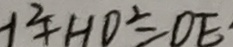
- 1 ^ { 2 } + H D ^ { 2 } = D E \cdot